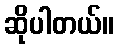
ဆိုပါတယ်။